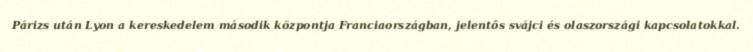
Párizs után Lyon a kereskedelem második központja Franciaországban, jelentős svájci és olaszországi kapcsolatokkal.